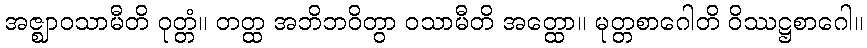
အဇ္ဈာဝသာမီတိ ဝုတ္တံ။ တတ္ထ အဘိဘဝိတွာ ဝသာမီတိ အတ္ထော။ မုတ္တစာဂေါတိ ဝိဿဋ္ဌစာဂေါ။